King Institute of Preventive Medicine Micro-Biological Section reports 1909-11
Year: 1909
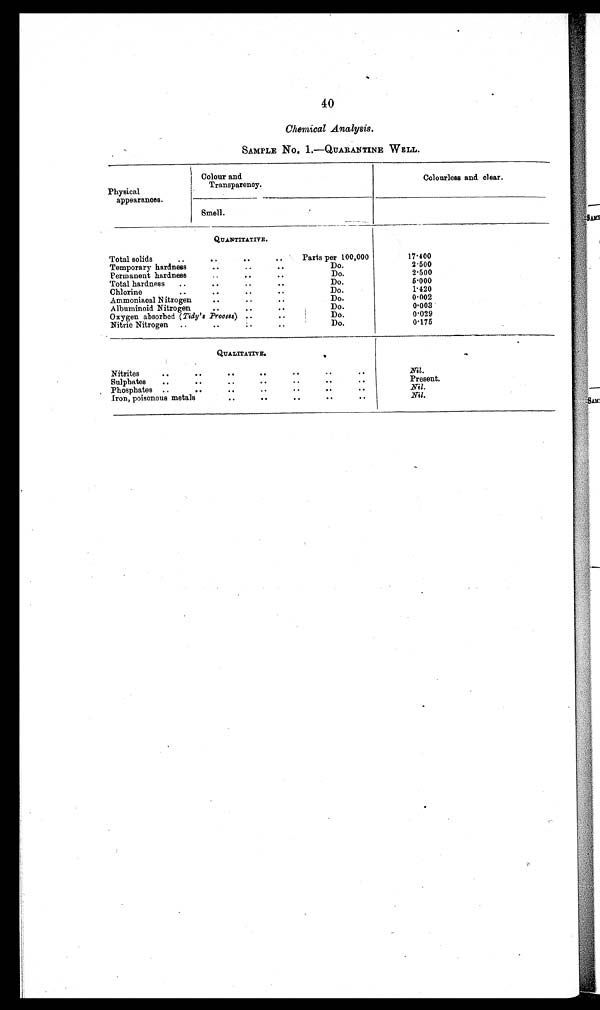
40
Chemical Analysis.
SAMPLE No. 1.—QUARANTINE WELL.
Physical
appearances.
Colour and
Transparency.
-
Colourless and clear.
Smell.
QUANTITATIVE.
Total solids..
..
. . . .
Parts per 100,000
17·400
Temporary hardness
. . .. . .
Do.
2·500
Permanent hardness
..
..
Do.
2·500
Total hardness ..
. . ..
Do.
5·000
Chlorine
. . .. . . ..
Do.
1·420
Ammoniacal Nitrogen
..
Do.
0·002
Albuminoid Nitrogen
. . .. ..
Do.
0·003
Oxygen absorbed (Tidy's Process) ..
. .
Do.
0·029
Nitric Nitrogen ..
..
: .. .
Do.
0·175
QUALITATIVE.
Nitrites
..
. . . · . . . . . . ··
Nil.
Sulphates . . . . . . . · . . . .
Present.
Phosphates ..
. . .. .. .. . . . .
Nil.
Iron, poisonous metals
. . . · . . . . . .
Nil.